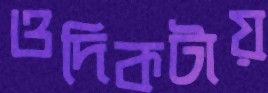
ওদিকটায়